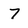
Character: 7